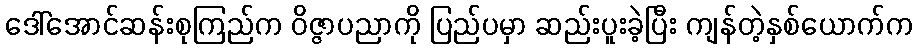
ဒေါ်အောင်ဆန်းစုကြည်က ဝိဇ္ဇာပညာကို ပြည်ပမှာ ဆည်းပူးခဲ့ပြီး ကျန်တဲ့နှစ်ယောက်က